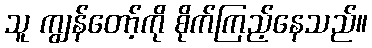
သူ ကျွန်တော့်ကို စိုက်ကြည့်နေသည်။